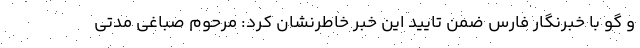
و گو با خبرنگار فارس ضمن تایید این خبر خاطرنشان کرد: مرحوم صباغی مدتی